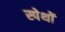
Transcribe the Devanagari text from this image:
स्पेथों